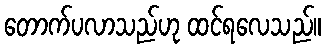
တောက်ပလာသည်ဟု ထင်ရလေသည်။